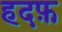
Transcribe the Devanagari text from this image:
हदफ़